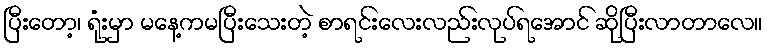
ပြီးတော့၊ ရုံးမှာ မနေ့ကမပြီးသေးတဲ့ စာရင်းလေးလည်းလုပ်ရအောင် ဆိုပြီးလာတာလေ။